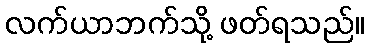
လက်ယာဘက်သို့ ဖတ်ရသည်။